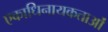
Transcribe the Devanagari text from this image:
एकाधिनायकताओं